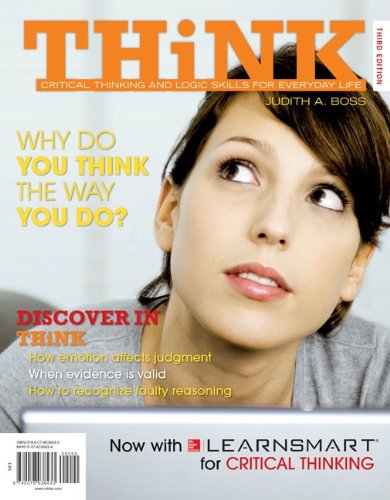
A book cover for THiNK; Judith Boss; Medical Books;